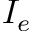
I _ { e }